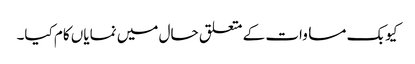
کیوبک مساوات کے متعلق حال میں نمایاں کام کیا۔